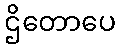
ဌိတောပေ